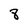
Character: 8